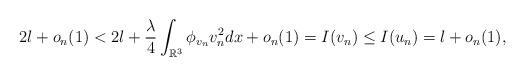
LaTeX: \begin{align*} 2l+o_n(1)< 2l+\frac{\lambda}{4}\int_{\mathbb R^3}\phi_{v_n} v_n^2dx+o_n(1) =I(v_n)\leq I(u_n)=l+o_n(1), \end{align*}